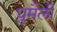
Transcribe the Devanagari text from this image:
धुमैली